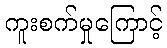
ကူးစက်မှုကြောင့်